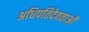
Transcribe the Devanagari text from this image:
अधिपतिदेवताओं